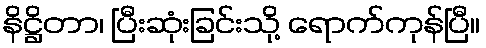
နိဋ္ဌိတာ၊ ပြီးဆုံးခြင်းသို့ ရောက်ကုန်ပြီ။